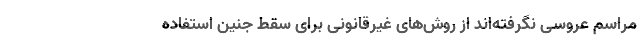
مراسم عروسی نگرفته‌‌اند از روش‌‌های غیرقانونی برای سقط جنین استفاده